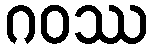
ဂဝဿ